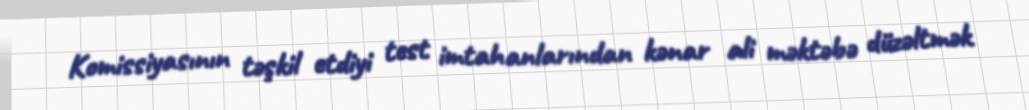
Komissiyasının təşkil etdiyi test imtahanlarından kənar ali məktəbə düzəltmək